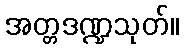
အတ္တဒဏ္ဍသုတ်။